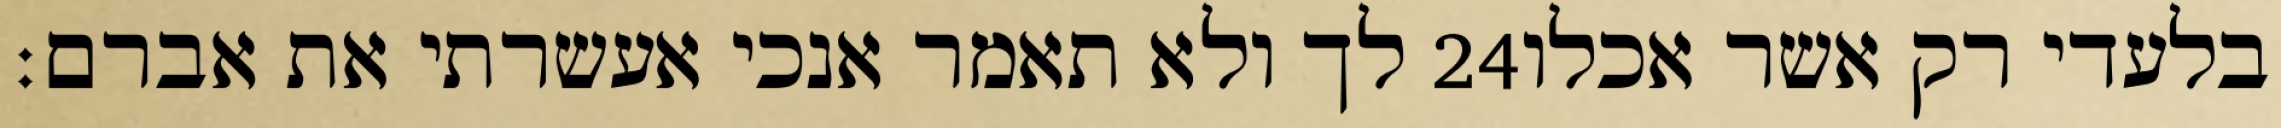
לך ולא תאמר אנכי אעשרתי את אברם׃ ‎24‏ בלעדי רק אשר אכלו